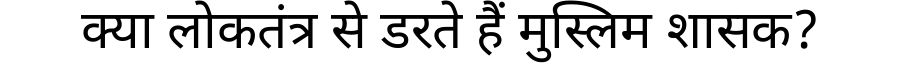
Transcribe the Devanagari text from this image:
क्या लोकतंत्र से डरते हैं मुस्लिम शासक?